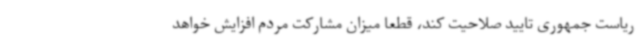
ریاست جمهوری تایید صلاحیت کند، قطعا میزان مشارکت مردم افزایش خواهد